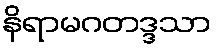
နိရာမဂတဒ္ဒသာ